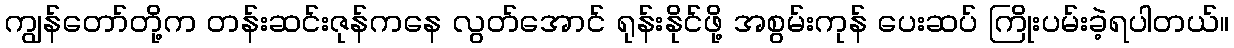
ကျွန်တော်တို့က တန်းဆင်းဇုန်ကနေ လွတ်အောင် ရုန်းနိုင်ဖို့ အစွမ်းကုန် ပေးဆပ် ကြိုးပမ်းခဲ့ရပါတယ်။